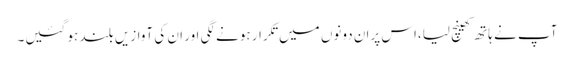
آپ نے ہاتھ کھینچ لیا،اس پران دونوں میں تکرار ہونے لگی اور ان کی آوازیں بلند ہو گئیں۔